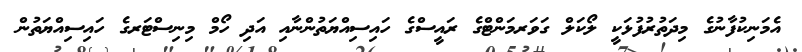
އެމަނިކުފާނުގެ މިދަތުރުފުޅަކީ ލޯކަލް ގަވަރމަންޓްގެ ރައީސްގެ ހައިސިއްޔަތުންނާއި އަދި ހޯމް މިނިސްޓަރގެ ހައިސިއްޔަތުން